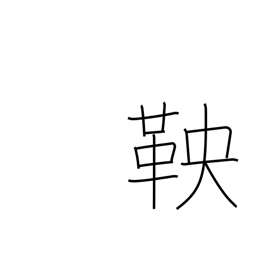
Meaning: shackle